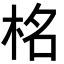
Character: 𭩹